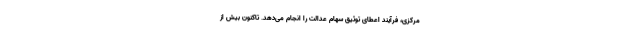
مرکزی، فرآیند اعطای توثیق سهام عدالت را انجام می‌دهد. تاکنون بیش از